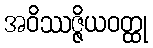
အဝိဿဇ္ဇိယဝတ္ထု